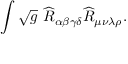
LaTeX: \int \sqrt { g } ~ \widehat { R } _ { \alpha \beta \gamma \delta } \widehat { R } _ { \mu \nu \lambda \rho } .